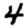
Digit: 4